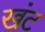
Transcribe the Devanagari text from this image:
खंट